Morphology and life history of Herpetomonas culicis, Novy, MacNeal and Torrey - Number 57
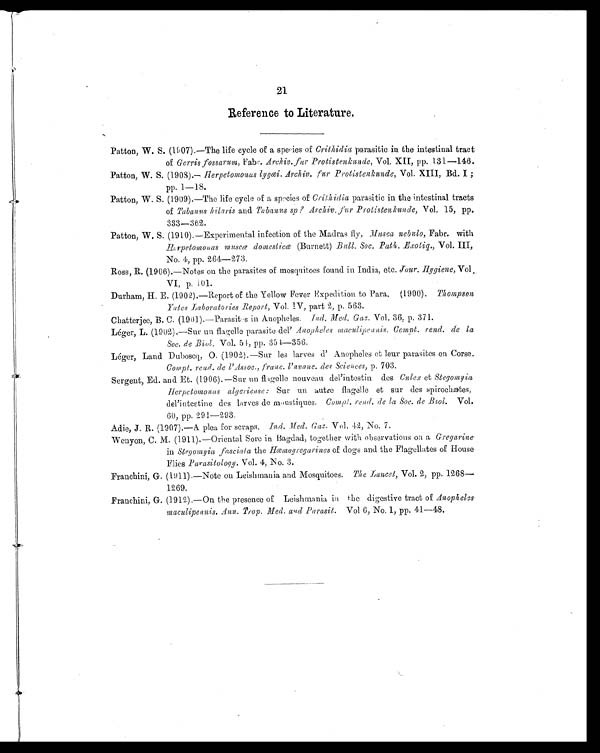
21
Reference to Literature.
Patton, W. S. (l907).—The life cycle of a species of Crithidia parasitic in the intestinal tract
of Gerris fossarum, Fabr. Archiv. fur Protistenkunde, Vol. XII, pp. 131—146.
Patton, W. S. (1908).—Herpetomonas lygœi. Archiv. fur Protistenkunde, Vol. XIII, Bd. I ;
PP. 1—18.
Patton, W. S. (1909).—The life cycle of a species of Crithidia parasitic in the intestinal tracts
of Tabanus hilaris and Tabauus sp ? Archiv, fur Protistenkunde, Vol. 15, pp.
333—362.
Patton, W. S. (1910).—Experimental infection of the Madras fly Musca nebulo, Fabr. with
Herpetomonas museœ domesticœ (Burnett) Bull. Soc. Path, Exotiq., Vol. III,
No. 4, pp. 264—273.
Ross, R. (1906).—Notes on the parasites of mosquitoes found in India, etc. Jour. Hygiene, Vol
VI, p. 101.
Durham, H. E. (1902).—Report of the Yellow Fever Expedition to Para. (1900). Thompson
Yates laboratories Report, Vol. IV, part 2, p. 563.
Chatterjee, B. C. (1901).—Parasites in Anopheles. Ind. Med. Gaz. Vol. 36, p. 371.
Léger, L. (1902).—Sur un flagelle parasite del' Anopheles maculipennis. Compt. rend. de la
Soc. de Biol. Vol. 51, pp. 354—356.
Léger, Land Duboseq,
O. (1902).—Sur les larves d' Anopheles et leur parasites en Corse.
Compt rend. de l' Assoc., franc. l' avanc. des Sciences, p. 703.
Sergent, Ed. and Et. (1906).—Sur un flagelle nouveau del'intestin des Culex et Stegomyia
Herpetomonas algericase: Sur un autre flagelle et sur des spirochætes,
del'intestine des larves de moustiques. Compt. rend. de la Soc. de Biol. Vol.
60, pp. 291—293.
Adie, J. R. (1907).—A plea for scraps. Ind. Med. Gaz. Vol. 42, No. 7.
Wenyon, C. M. (1911).—Oriental Sore in Bagdad, together with observations on a Gregarine
in Stegomyia fasciala the Hœmogregarines of dogs and the Flagellates of House
Flies Parasitology. Vol. 4, No. 3.
Franchini, G. (1911).—Note on Leishmania and Mosquitoes. The Lancet, Vol. 2, pp. 1268
—
1269.
Franchini, G. (1912).—On the presence of Leishmania in the digestive tract of Anopheles
maculipennis. Ann. Trop. Med. and Parasit. Vol 6, No. 1, pp. 41—48.